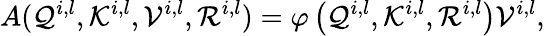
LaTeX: A(\mathcal{Q}^{i,l},\mathcal{K}^{i,l},\mathcal{V}^{i,l},\mathcal{R}^{i,l})=\varphi\left(\mathcal{Q}^{i,l},\mathcal{K}^{i,l},\mathcal{R}^{i,l}\right)\mathcal{V}^{i,l},